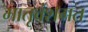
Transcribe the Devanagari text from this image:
मातृवंशगत